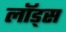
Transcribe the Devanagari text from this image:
लॉड्स